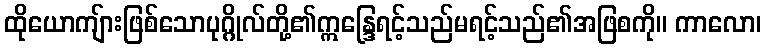
ထိုယောကျ်ားဖြစ်သောပုဂ္ဂိုလ်တို့၏ဣန္ဒြေရင့်သည်မရင့်သည်၏အဖြစကို။ ကာလော၊